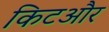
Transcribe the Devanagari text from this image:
किटऔर